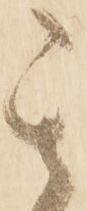
其